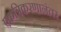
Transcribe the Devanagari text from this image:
एकत्रिकरणानंतर